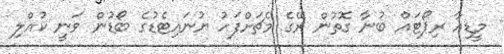
މީޑިއާ ރިޕޯޓައް ބުނާ ގޮތުން ރޭގެ މެޗަށްފަހު ޔުނައިޓެޑުގެ ބޯޑުން ވަނީ ކުއްލި